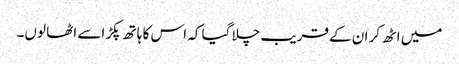
میں اٹھ کر ان کے قریب چلا گیا کہ اس کا ہاتھ پکڑ اسے اٹھا لوں۔